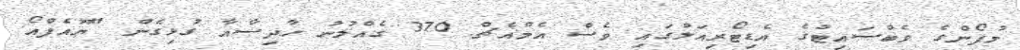
މުފޯންގެ ވެބްސައިޓުގެ އެޑިޓޯރިއަލުގައި ވެސް އެމްއެޗް 370 ގެއްލުނު ހާދިސާއާ ގުޅިގެން "ޔޫއެފްއޯ